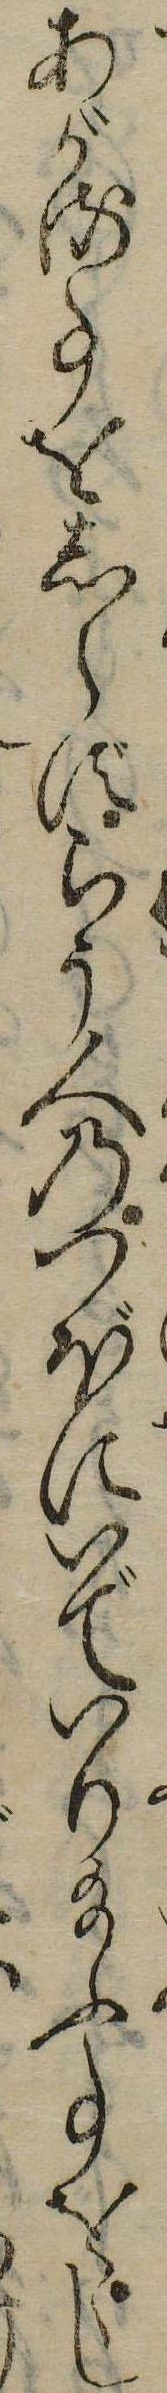
あがる事をしらずらう人のつぼにいでいり給ふ事をゝし